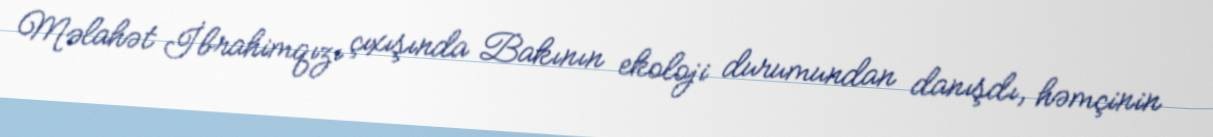
Məlahət İbrahimqızı çıxışında Bakının ekoloji durumundan danışdı, həmçinin